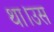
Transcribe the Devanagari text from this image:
था।उस